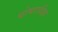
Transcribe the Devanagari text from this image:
घोघरदीहा